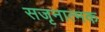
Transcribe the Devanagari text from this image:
सजृनात्मक